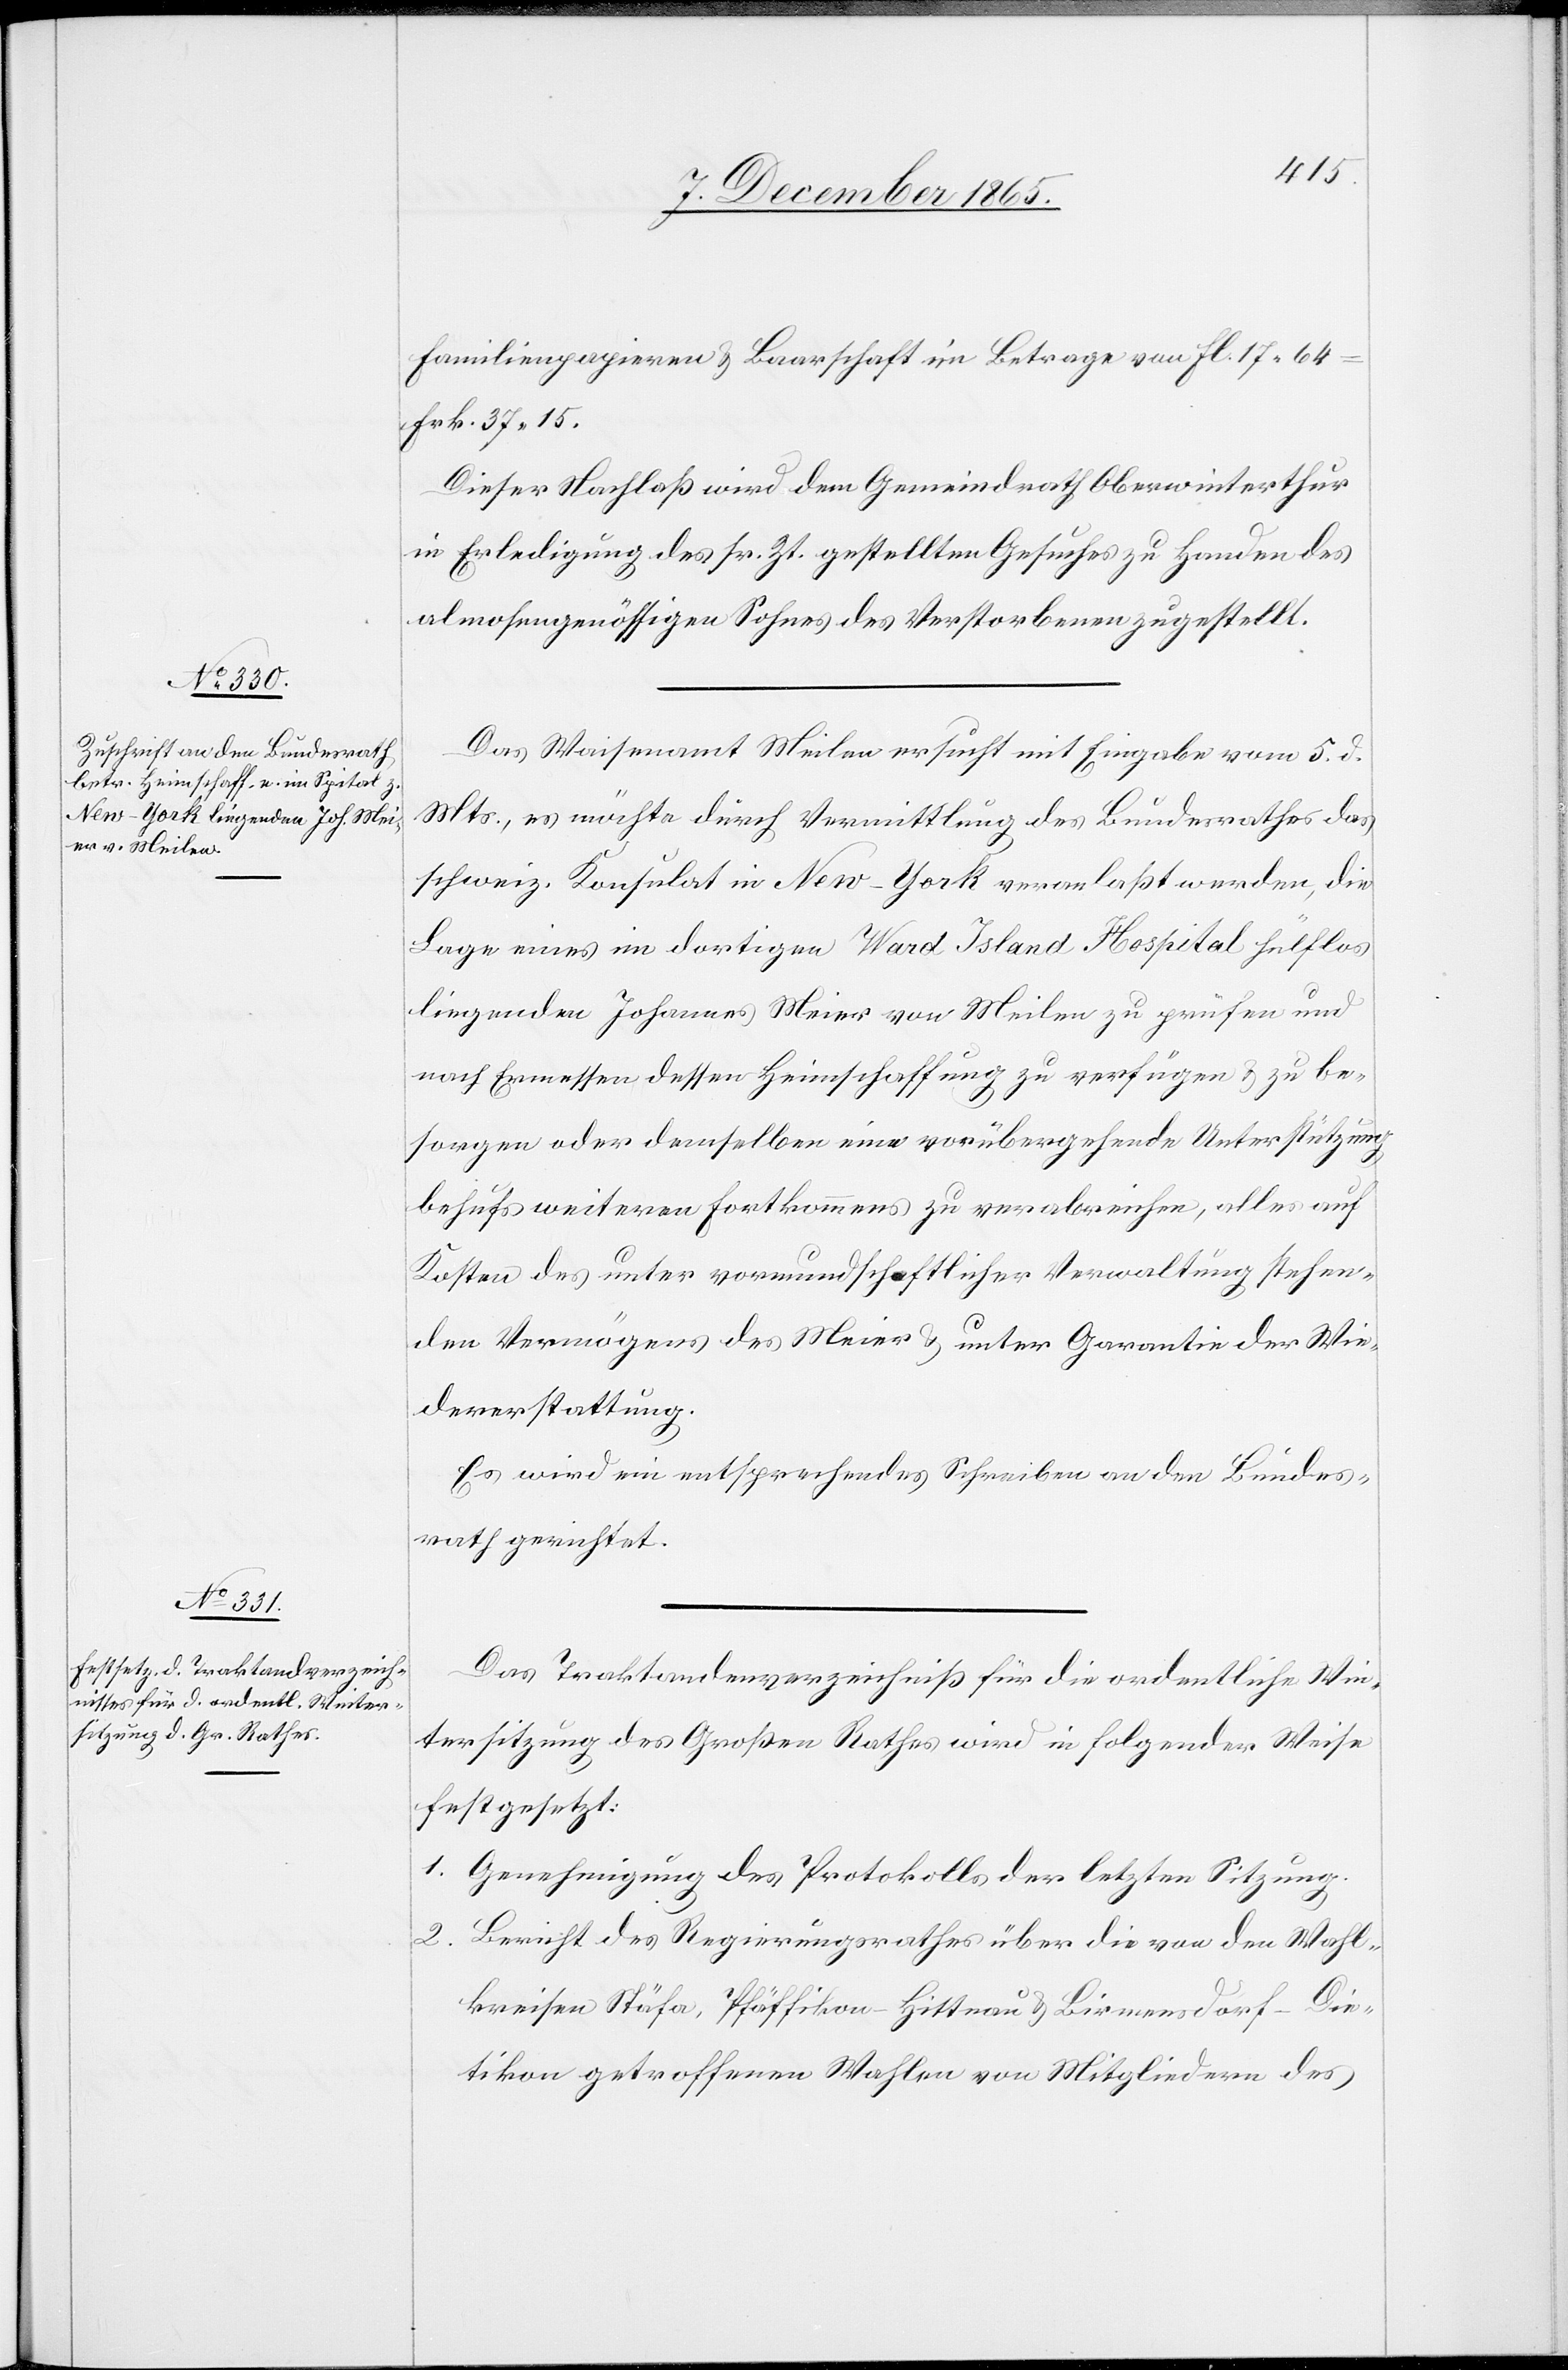
Familienpapieren & Baarschaft im Betrage von Fl. 17.64
Frk. 37.15.
Dieser Nachlaß wird dem Gemeindrath Oberwinterthur
in Erledigung des sr. Zt. gestellten Gesuches zu Handen des
almosengenössigen Sohnes des Verstorbenen zugestellt.
Das Waisenamt Meilen ersucht mit Eingabe vom 5. d.
Mts., es möchte durch Vermittlung des Bundesrathes das
schweiz. Konsulat in New-York veranlaßt werden, die
Lage eines im dortigen Ward Island Hospital hülflos
liegenden Johannes Meier von Meilen zu prüfen und
nach Ermessen dessen Heimschaffung zu verfügen & zu be¬
sorgen oder demselben eine vorübergehende Unterstützung
behufs weiteren Fortkommens zu verabreichen, alles auf
Kosten des unter vormundschaftlicher Verwaltung stehen¬
den Vermögens des Meier & unter Garantie der Wie¬
dererstattung.
Es wird ein entsprechendes Schreiben an den Bundes¬
rath gerichtet.
Das Traktandenverzeichniß für die ordentliche Win¬
tersitzung des Großen Rathes wird in folgender Weise
festgesetzt:
1. Genehmigung des Protokolls der letzten Sitzung.
2. Bericht des Regierungsrathes über die von den Wahl¬
kreisen Stäfa, Pfäffikon-Hittnau & Birmensdorf-Die¬
tikon getroffenen Wahlen von Mitgliedern des